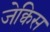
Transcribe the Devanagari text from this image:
जेक्विस